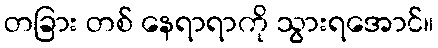
တခြား တစ် နေရာရာကို သွားရအောင်။